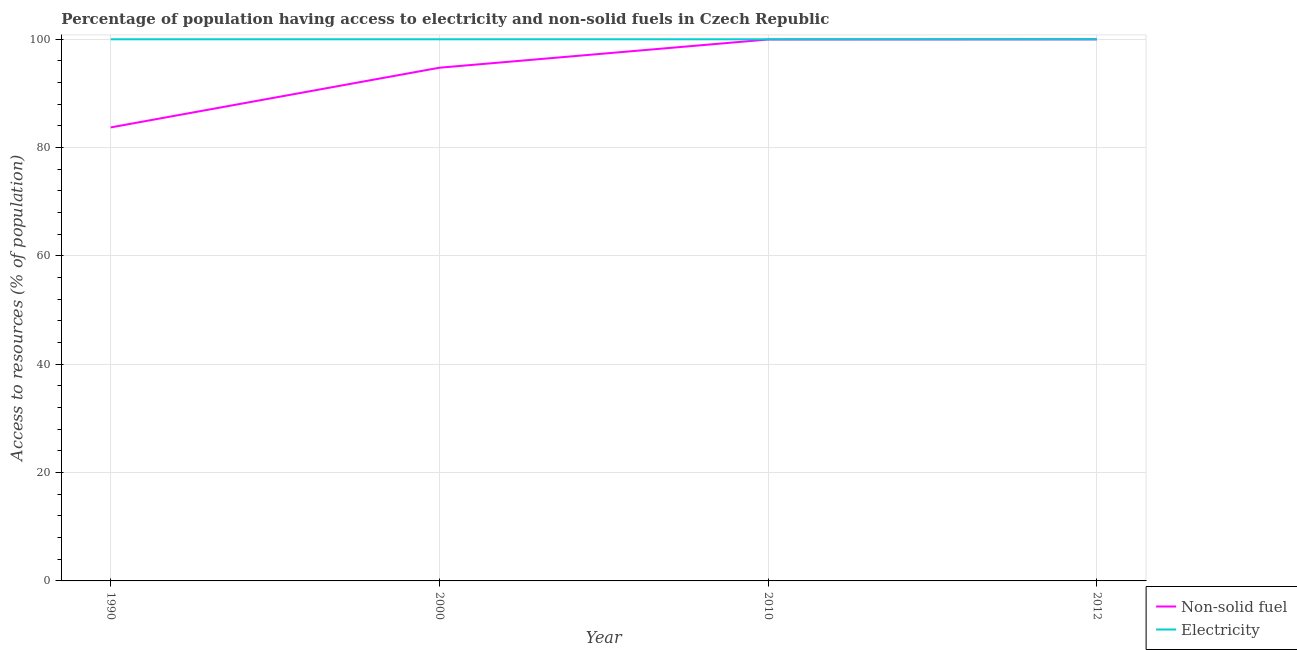
| Year | Non-solid fuel | Electricity |
 | --- | --- | --- |
 | 1990 | 83.7 | 100 |
 | 2000 | 94.8 | 100 |
 | 2010 | 100 | 100 |
 | 2012 | 100 | 100 |